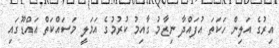
އިރުގެ އަލިން ހަކަތަ އުފައްދާ ނިޒާމު ގާއިމު ކުރުމުގެ އަމަލީ މަސައްކަތް އައްޑޫގައި